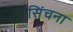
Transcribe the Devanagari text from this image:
सिंचना